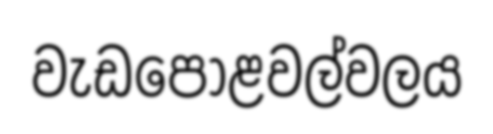
වැඩපොළවල්වලය